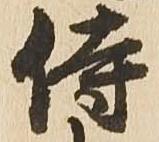
侍